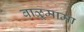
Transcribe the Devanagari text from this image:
बाळूमामा